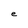
Character: e